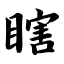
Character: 瞎